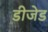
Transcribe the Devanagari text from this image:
डीजेड